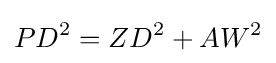
PD^{2}=ZD^{2}+AW^{2}